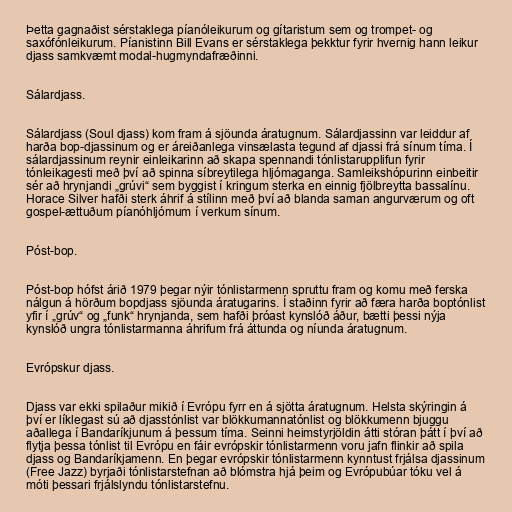
Þetta gagnaðist sérstaklega píanóleikurum og gítaristum sem og trompet- og
saxófónleikurum. Píanistinn Bill Evans er sérstaklega þekktur fyrir hvernig hann leikur
djass samkvæmt modal-hugmyndafræðinni.

Sálardjass.

Sálardjass (Soul djass) kom fram á sjöunda áratugnum. Sálardjassinn var leiddur af
harða bop-djassinum og er áreiðanlega vinsælasta tegund af djassi frá sínum tíma. Í
sálardjassinum reynir einleikarinn að skapa spennandi tónlistarupplifun fyrir
tónleikagesti með því að spinna síbreytilega hljómaganga. Samleikshópurinn einbeitir
sér að hrynjandi „grúvi“ sem byggist í kringum sterka en einnig fjölbreytta bassalínu.
Horace Silver hafði sterk áhrif á stílinn með því að blanda saman angurværum og oft
gospel-ættuðum píanóhljómum í verkum sínum.

Póst-bop.

Póst-bop hófst árið 1979 þegar nýir tónlistarmenn spruttu fram og komu með ferska
nálgun á hörðum bopdjass sjöunda áratugarins. Í staðinn fyrir að færa harða boptónlist
yfir í „grúv“ og „funk“ hrynjanda, sem hafði þróast kynslóð áður, bætti þessi nýja
kynslóð ungra tónlistarmanna áhrifum frá áttunda og níunda áratugnum.

Evrópskur djass.

Djass var ekki spilaður mikið í Evrópu fyrr en á sjötta áratugnum. Helsta skýringin á
því er líklegast sú að djasstónlist var blökkumannatónlist og blökkumenn bjuggu
aðallega í Bandaríkjunum á þessum tíma. Seinni heimstyrjöldin átti stóran þátt í því að
flytja þessa tónlist til Evrópu en fáir evrópskir tónlistarmenn voru jafn flinkir að spila
djass og Bandaríkjamenn. En þegar evrópskir tónlistarmenn kynntust frjálsa djassinum
(Free Jazz) byrjaði tónlistarstefnan að blómstra hjá þeim og Evrópubúar tóku vel á
móti þessari frjálslyndu tónlistarstefnu.